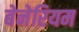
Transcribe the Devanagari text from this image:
बेनेरियम